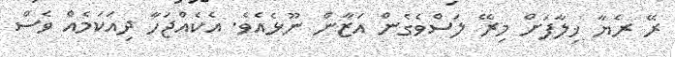
ރޭ ރެޔާ ޚިލާފަށް މިރޭ ލަސްވެގެން އަޒާން ނޫޅެއެވެ. އެކެއްޖަހާ ދިއަކަމެއް ވެސް